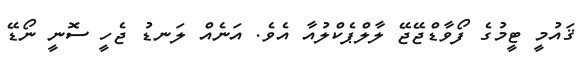
ޤައުމީ ޓީމުގެ ފޯވާޑްޖޭޖޭ ލާލްޕެކްލުއާ އެވެ. އަނެއް ލަނޑު ޖެހީ ސޮނީ ނޯޑޭ